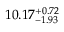
1 0 . 1 7 _ { - 1 . 9 3 } ^ { + 0 . 7 2 }